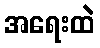
အရေးထဲ